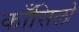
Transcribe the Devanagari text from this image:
काँसिलो